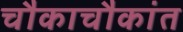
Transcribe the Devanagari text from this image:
चौकाचौकांत